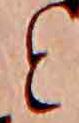
と